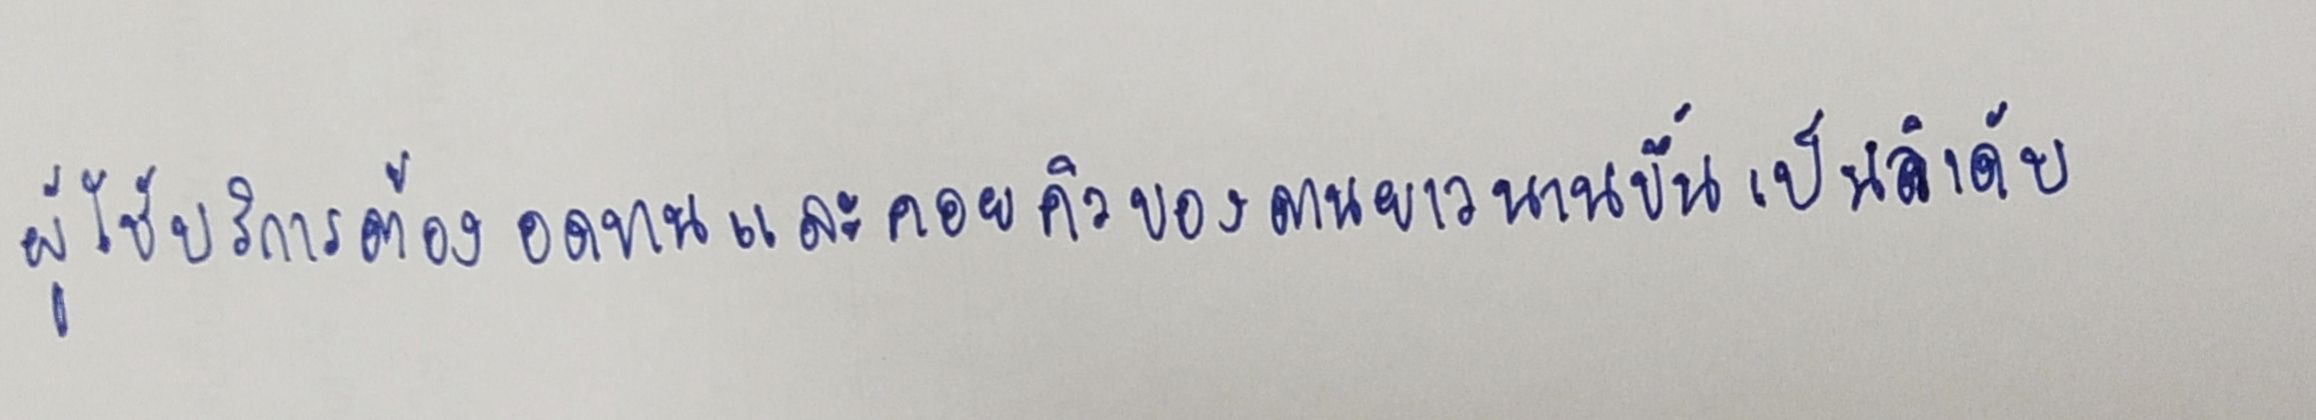
ผู้ใช้บริการต้องอดทนและคอยคิวของตนยาวนานขึ้นเป็นลำดับ